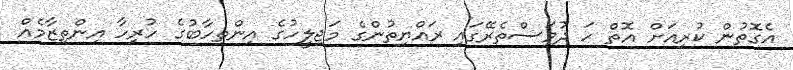
އެގޮތުން ކުރިއަށް އޮތް ހަ ދުވަސްތެރޭގައި ރައްޔިތުންގެ މަޖިލީހުގެ އިންތިހާބުގެ ހުރިހާ އިންތިޒާމެއް